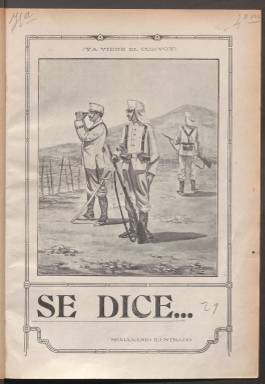
Título: Se dice--
Otros títulos: Se dice
Colección: Revistas de información general
Ámbito geográfico: Madrid
Lugar de publicación: Madrid
Fechas: 14/09/1909-09/01/1910